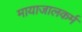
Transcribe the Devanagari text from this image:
मायाजालकर्म